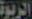
الربوة